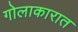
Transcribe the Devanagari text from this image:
गोलाकारात